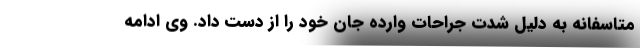
متاسفانه به دلیل شدت جراحات وارده جان خود را از دست داد. وی ادامه